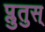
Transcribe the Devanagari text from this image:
प्लुतुस्